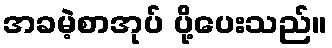
အခမဲ့စာအုပ် ပို့ပေးသည်။